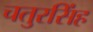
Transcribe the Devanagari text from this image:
चतुरसिंह